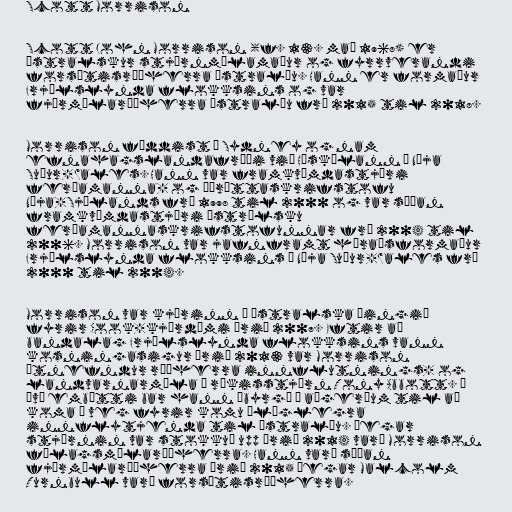
Scott Morrison

Scott John Morrison (f. 13. maí 1968) er
ástralskur stjórnmálamaður og fyrrverandi
forsætisráðherra Ástralíu. Hann er formaður
Frjálslynda flokksins og var
fjármálaráðherra Ástralíu frá 2015 til 2018.

Morrison fæddist í Sydney og nam
efnahagslandafræði við Háskólann í Nýja
Suður-Wales. Hann var framkvæmdastjóri
ferðamanna- og íþróttaskrifstofu
Nýja-Sjálands frá 1998 til 2000 og var síðan
framkvæmdastjóri áströlsku
ferðamannaskrifstofunnar frá 2004 til
2006. Morrison var jafnframt héraðsformaður
Frjálslynda flokksins í Nýja Suður-Wales frá
2000 til 2004.

Morrison var kjörinn á ástralska þingið
fyrir Cook-kjördæmi árið 2007. Eftir að
bandalag Frjálslynda flokksins vann
kosningasigur árið 2013 var Morrison
útnefndur ráðherra innflutnings- og
landvarnarmála í ríkisstjórn Tony Abbott. Í
því embætti bar hann ábyrgð á aðgerðum til að
koma í veg fyrir komu ólöglegra
innflytjenda til Ástralíu. Þegar
stjórnin var stokkuð upp árið 2014 varð Morrison
félagsmálaráðherra. Hann varð síðan
fjármálaráðherra árið 2015 þegar Malcolm
Turnbull varð forsætisráðherra.